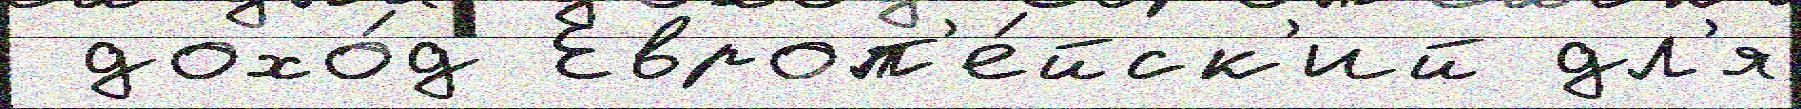
 дохо́д Европ'е́йск'ий дл'я